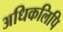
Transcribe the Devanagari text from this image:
अधिकलिपि